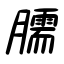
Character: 臑